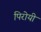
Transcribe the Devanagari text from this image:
पिरोयी